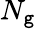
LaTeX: N_{\mathtt{g}}